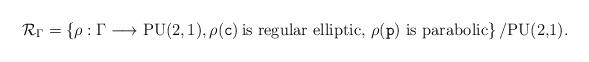
LaTeX: \begin{align*}\mathcal{R}_\Gamma=\left\{\rho :\Gamma\longrightarrow {\rm PU(2,1)},\rho({\tt c})\, \mbox{is regular elliptic},\,\rho({\tt p}) \mbox{ is parabolic}\right\}/{\mbox{PU(2,1)}}.\end{align*}